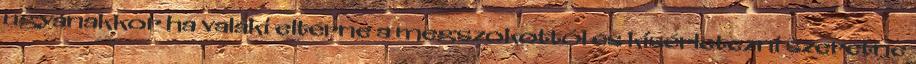
ugyanakkor ha valaki eltérne a megszokottól és kísérletezni szeretne